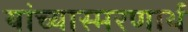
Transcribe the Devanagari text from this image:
यांच्यास्मरणार्थ